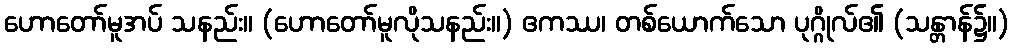
ဟောတော်မူအပ် သနည်း။ (ဟောတော်မူလိုသနည်း။) ဧကဿ၊ တစ်ယောက်သော ပုဂ္ဂိုလ်၏ (သန္တာန်၌။)